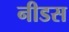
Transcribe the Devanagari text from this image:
नीडस